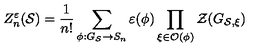
Z _ { n } ^ { \varepsilon } ( \mathcal { S } ) = \frac { 1 } { n ! } \sum _ { \phi : G _ { \mathcal { S } } \rightarrow S _ { n } } \varepsilon ( \phi ) \prod _ { \xi \in \mathcal { O } ( \phi ) } \mathcal { Z } ( G _ { \mathcal { S } , \xi } )